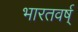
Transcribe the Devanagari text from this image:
भारतवर्ष्